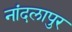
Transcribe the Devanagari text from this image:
नांदलापुर